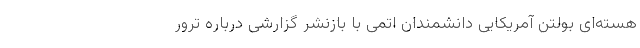
هسته‌ای بولتن آمریکایی دانشمندان اتمی با بازنشر گزارشی درباره ترور